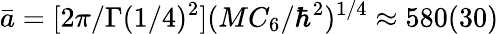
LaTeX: \bar{a}=[2\pi/\Gamma(1/4)^{2}](MC_{6}/\hbar^{2})^{1/4}\approx 580(30)